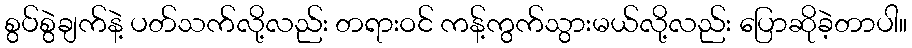
စွပ်စွဲချက်နဲ့ ပတ်သက်လို့လည်း တရားဝင် ကန့်ကွက်သွားမယ်လို့လည်း ပြောဆိုခဲ့တာပါ။